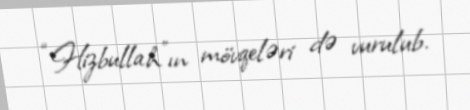
“Hizbullah”ın mövqeləri də vurulub.